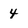
Character: 4